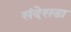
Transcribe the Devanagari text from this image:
संदेसडा